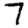
Digit: 7